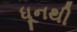
ધૂનથી